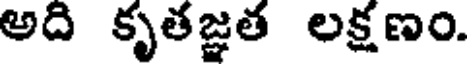
అది కృతజ్ఞత లక్షణం.